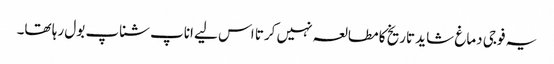
یہ فوجی دماغ شاید تاریخ کا مطالعہ نہیں کرتا اس لیے اناپ شناپ بول رہا تھا۔